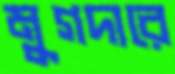
মুগদারে